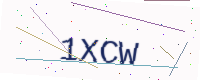
Text: 1XCW